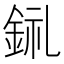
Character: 𨦂